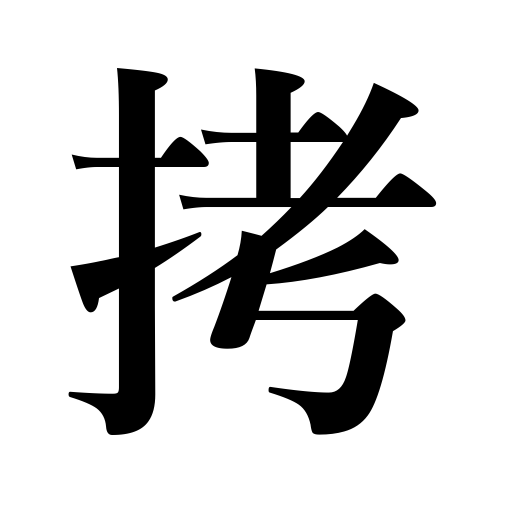
Meanings: beat,torture